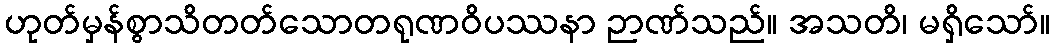
ဟုတ်မှန်စွာသိတတ်သောတရုဏဝိပဿနာ ဉာဏ်သည်။ အသတိ၊ မရှိသော်။